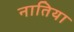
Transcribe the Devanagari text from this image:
नातिया